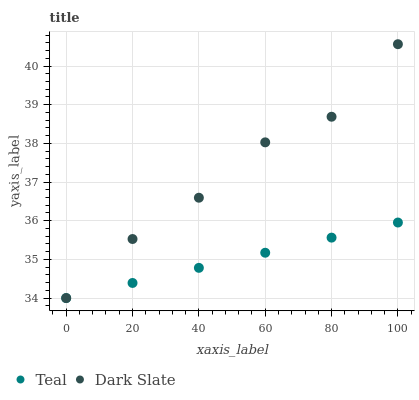
| xaxis_label | Teal | Dark Slate |
 | --- | --- | --- |
 | 0 | 34 | 34 |
 | 20 | 34.4 | 35.5 |
 | 40 | 34.8 | 36.6 |
 | 60 | 35.2 | 38 |
 | 80 | 35.6 | 38.7 |
 | 100 | 36 | 40.6 |